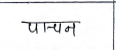
मजकूर: पान्चन